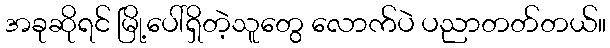
အခုဆိုရင် မြို့ပေါ်ရှိတဲ့သူတွေ လောက်ပဲ ပညာတတ်တယ်။